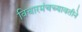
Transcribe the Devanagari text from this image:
विचारमंचच्यावतीने